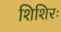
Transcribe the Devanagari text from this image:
शिशिरः